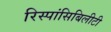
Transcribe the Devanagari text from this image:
रिस्पांसिबिलीटी